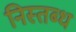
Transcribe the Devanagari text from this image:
निस्तब्ध